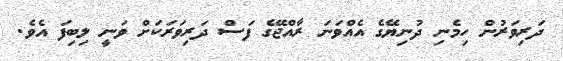
ދަރިވަރުން ހިމެނި ދުނިޔޭގެ އެއްވަނަ ރާއްޖޭގެ ފަސް ދަރިވަރަކަށް ވަނީ ލިބިފަ އެވެ.